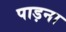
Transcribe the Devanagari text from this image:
पाड़ना